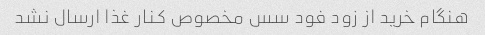
هنگام خرید از زود فود سس مخصوص کنار غذا ارسال نشد